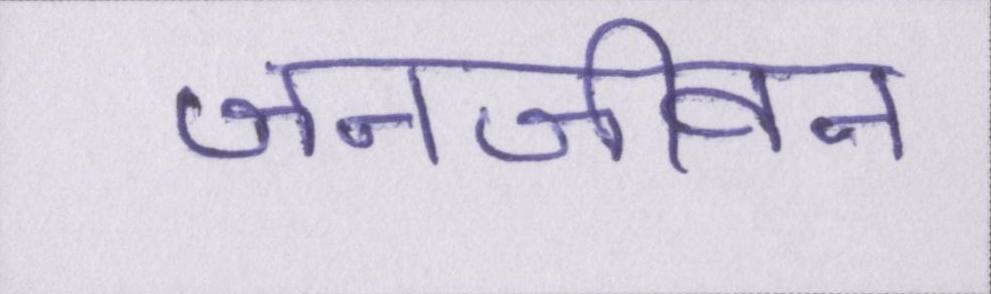
जनजीवन